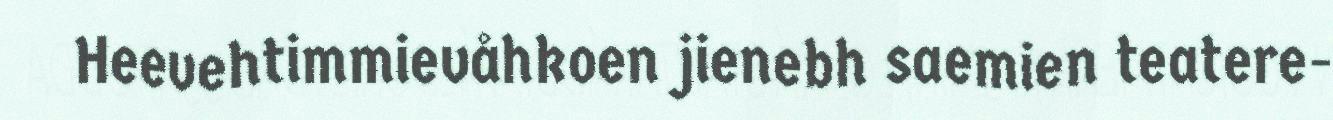
Heevehtimmievåhkoen jienebh saemien teatere-